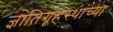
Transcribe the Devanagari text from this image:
ज्ञातिगृहस्थांच्या